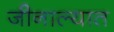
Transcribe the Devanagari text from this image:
जीनाल्यात